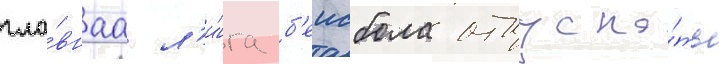
гла́внаа л'и́га б'еисбола отпуска́ть